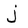
Character: j